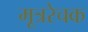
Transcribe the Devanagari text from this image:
मूत्ररेचक